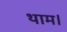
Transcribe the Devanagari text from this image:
थाम।